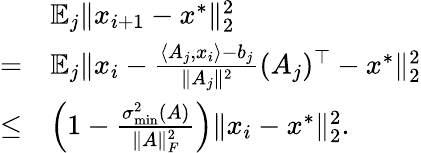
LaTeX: \begin{array}{rl}&{\mathbb{E}_{j}\| x_{i+1}-x^{*}\| _{2}^{2}}\\ {=}&{\mathbb{E}_{j}\| x_{i}-\frac{\langle A_{j},x_{i}\rangle-b_{j}}{\| A_{j}\| ^{2}}(A_{j})^{\top}-x^{*}\| _{2}^{2}}\\ {\leq}&{\left(1-\frac{\sigma_{\operatorname*{min}}^{2}(A)}{\| A\| _{F}^{2}}\right)\| x_{i}-x^{*}\| _{2}^{2}.}\end{array}